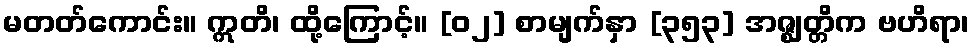
မတတ်ကောင်း။ ဣတိ၊ ထို့ကြောင့်။ [၀၂] စာမျက်နှာ [၃၅၃] အဇ္ဈတ္တိက ဗဟိရာ၊